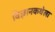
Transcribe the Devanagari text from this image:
विज्ञानकथेला